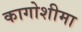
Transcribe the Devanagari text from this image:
कागोशीमा